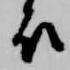
衣